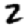
Digit: 2